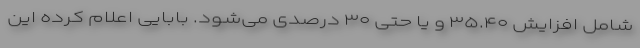
شامل افزایش ۳۵.۴۰ و یا حتی ۳۰ درصدی می‌شود. بابایی اعلام کرده این